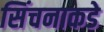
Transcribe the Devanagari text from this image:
सिंचनाकडे